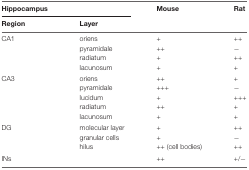
<table><thead><tr><td colspan="2"><b>Hippocampus</b></td><td><b>Mouse</b></td><td><b>Rat</b></td></tr><tr><td><b>Region</b></td><td><b>Layer</b></td><td></td><td></td></tr></thead><tbody><tr><td>CA1</td><td>oriens</td><td>+</td><td>++</td></tr><tr><td></td><td>pyramidale</td><td>++</td><td>−</td></tr><tr><td></td><td>radiatum</td><td>+</td><td>++</td></tr><tr><td></td><td>lacunosum</td><td>+</td><td>+</td></tr><tr><td>CA3</td><td>oriens</td><td>++</td><td>+</td></tr><tr><td></td><td>pyramidale</td><td>+++</td><td>−</td></tr><tr><td></td><td>lucidum</td><td>+</td><td>+++</td></tr><tr><td></td><td>radiatum</td><td>++</td><td>+</td></tr><tr><td></td><td>lacunosum</td><td>+</td><td>+</td></tr><tr><td>DG</td><td>molecular layer</td><td>+</td><td>++</td></tr><tr><td></td><td>granular cells</td><td>+</td><td>−</td></tr><tr><td></td><td>hilus</td><td>++ (cell bodies)</td><td>++</td></tr><tr><td>INs</td><td></td><td>++</td><td>+/−</td></tr></tbody></table>